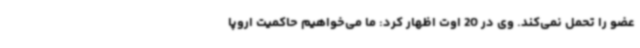
عضو را تحمل نمی‌کند. وی در 20 اوت اظهار کرد: ما می‌خواهیم حاکمیت اروپا